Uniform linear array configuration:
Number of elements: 8
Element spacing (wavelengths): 0.25
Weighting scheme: kaiser
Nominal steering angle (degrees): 30
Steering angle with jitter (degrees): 28.934
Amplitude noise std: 0.05
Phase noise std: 0.05

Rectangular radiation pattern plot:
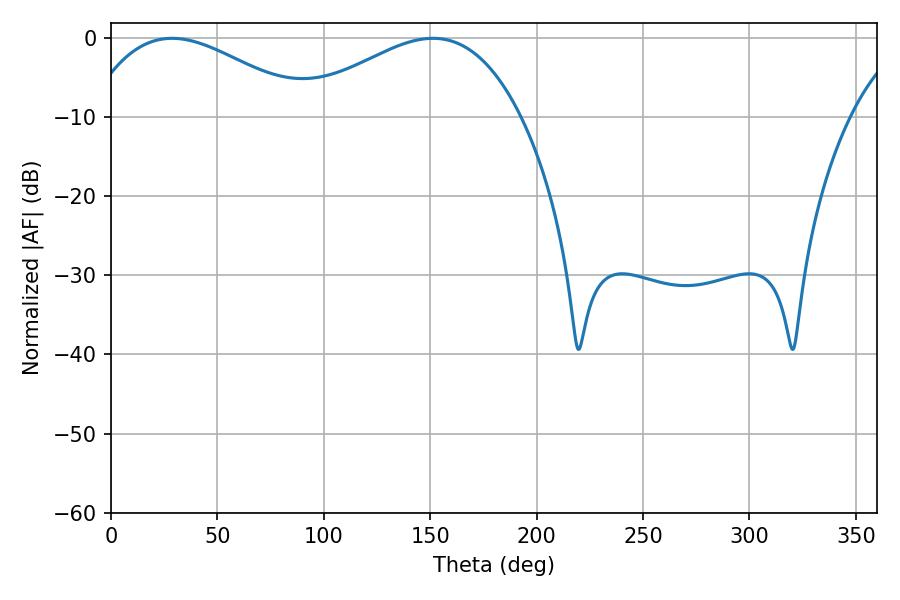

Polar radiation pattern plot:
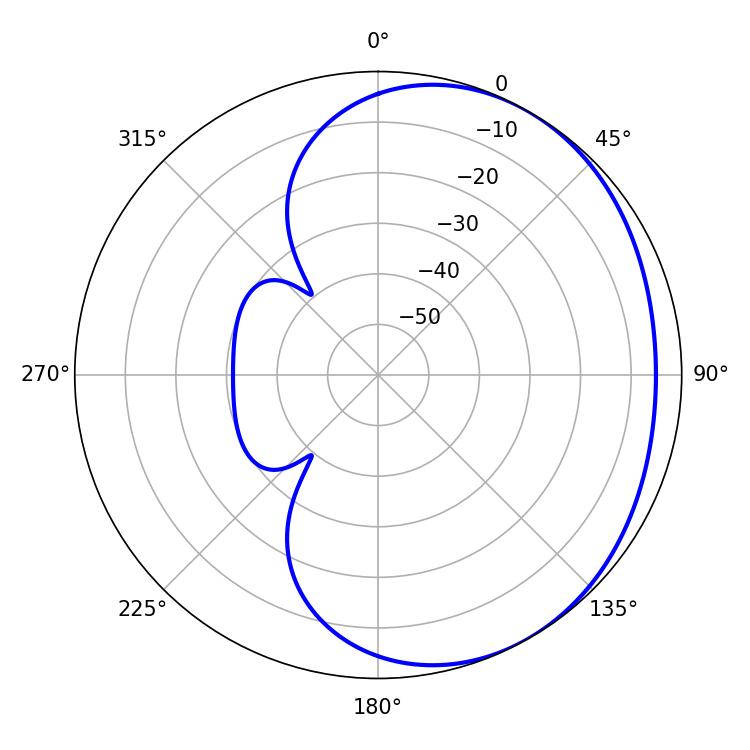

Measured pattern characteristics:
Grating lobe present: FALSE
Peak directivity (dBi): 2.358
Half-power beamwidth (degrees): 57.24
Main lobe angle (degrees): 28.8